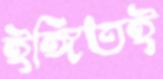
ইঙ্গিতই